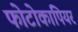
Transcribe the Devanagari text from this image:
फोटोकापियर